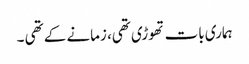
ہماری بات تھوڑی تھی، زمانے کے تھی ۔